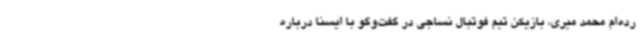
رده‌ام محمد میری، بازیکن تیم فوتبال نساجی در گفت‌وگو با ایسنا درباره